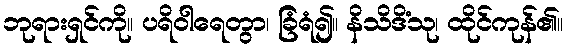
ဘုရားရှင်ကို။ ပရိဝါရေတွာ၊ ခြံရံ၍။ နိသိဒိံသု၊ ထိုင်ကုန်၏။